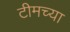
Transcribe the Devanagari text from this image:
टीमच्या